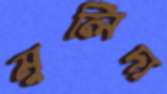
মুলিদা